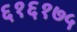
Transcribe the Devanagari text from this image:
६१६१७५